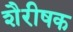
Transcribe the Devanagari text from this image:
शैरीषक